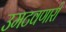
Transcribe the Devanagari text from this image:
उमटवणारी